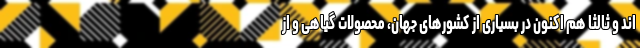
اند و ثالثاً هم اکنون در بسیاری از کشورهای جهان، محصولات گیاهی و از